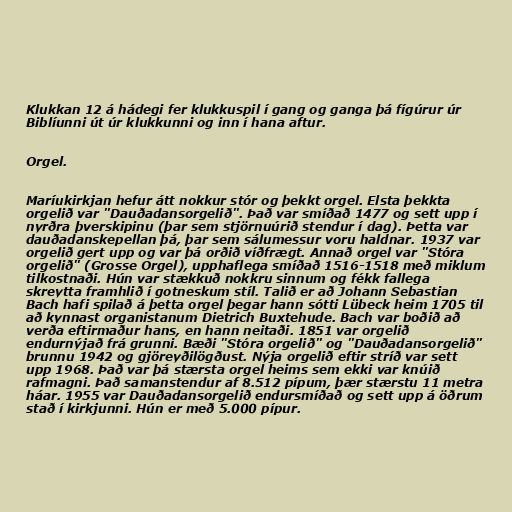
Klukkan 12 á hádegi fer klukkuspil í gang og ganga þá fígúrur úr
Biblíunni út úr klukkunni og inn í hana aftur.

Orgel.

Maríukirkjan hefur átt nokkur stór og þekkt orgel. Elsta þekkta
orgelið var "Dauðadansorgelið". Það var smíðað 1477 og sett upp í
nyrðra þverskipinu (þar sem stjörnuúrið stendur í dag). Þetta var
dauðadanskepellan þá, þar sem sálumessur voru haldnar. 1937 var
orgelið gert upp og var þá orðið víðfrægt. Annað orgel var "Stóra
orgelið" (Grosse Orgel), upphaflega smíðað 1516-1518 með miklum
tilkostnaði. Hún var stækkuð nokkru sinnum og fékk fallega
skreytta framhlið í gotneskum stíl. Talið er að Johann Sebastian
Bach hafi spilað á þetta orgel þegar hann sótti Lübeck heim 1705 til
að kynnast organistanum Dietrich Buxtehude. Bach var boðið að
verða eftirmaður hans, en hann neitaði. 1851 var orgelið
endurnýjað frá grunni. Bæði "Stóra orgelið" og "Dauðadansorgelið"
brunnu 1942 og gjöreyðilögðust. Nýja orgelið eftir stríð var sett
upp 1968. Það var þá stærsta orgel heims sem ekki var knúið
rafmagni. Það samanstendur af 8.512 pípum, þær stærstu 11 metra
háar. 1955 var Dauðadansorgelið endursmíðað og sett upp á öðrum
stað í kirkjunni. Hún er með 5.000 pípur.